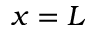
x = L